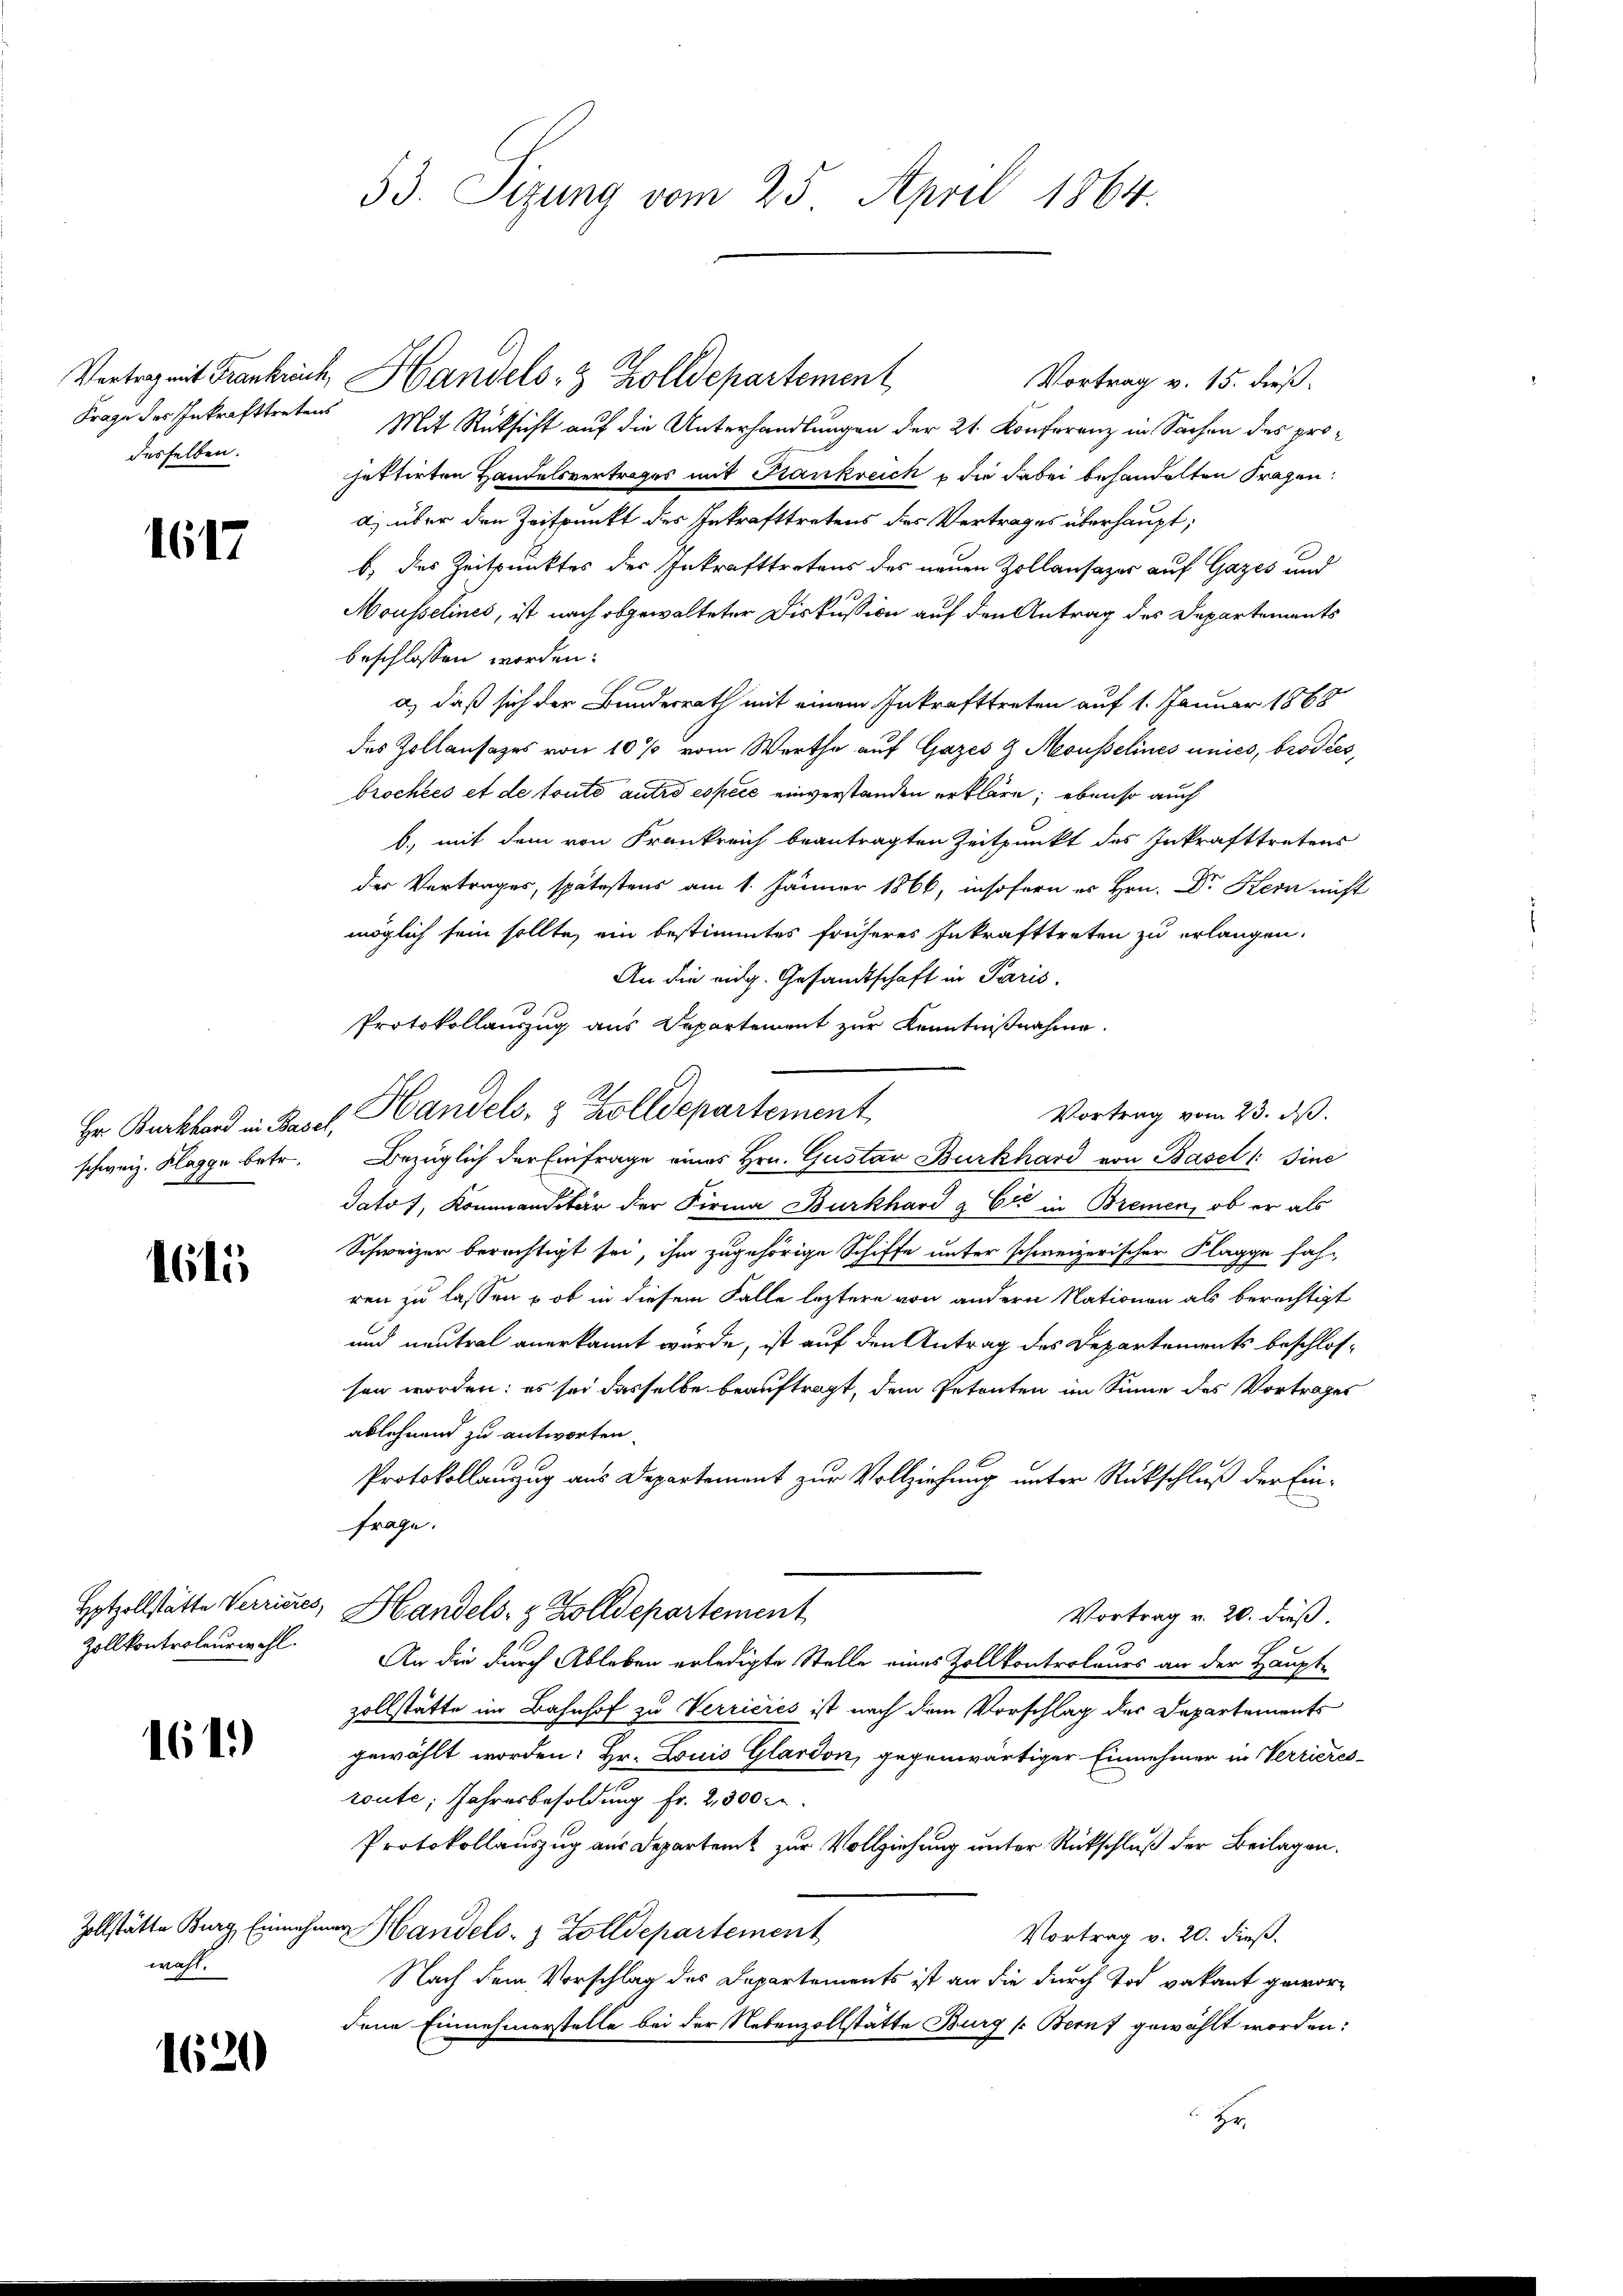
Frage des Inkrafttretens
desselben.

1617

1615

Hotzollstätte Verrieres,
Zollkontroleur wohl.

161)

wahl.

1620

Vortrag v. 15. dieß.
Mit Rücksicht auf die Unterhandlungen der 21. Konferenz in Sachen des projettirten Handelsvertrages mit Krankreich & die dabei behandelten Fragen:
a) über den Zeitpunkt des Inkrafttretens des Vertrages überhaupt,
b) des Zeitpunktes des Inkrafttretens des neuen Zollansazer auf Gazes und
Mousselines, ist nach abgewalteter Diskussion auf den Antrag des Departements
beschlossen worden.
l
a), daß sich der Bundesrath mit einem Inkrafttreten auf 1. Januar 1865
des Zollansazes von 10 % vom Werthe auf Gazes & Mousselines unies, brodesbrochtes et de toute autre espèce einverstanden erkläre; ebenso auch
b. mit dem von Frankreich beantragten Zeitpunkt des Inkrafttretens
der Vertrages, spätestens am 1. Jänner 1866, insofern es Hrn. Dr Kern nicht
möglich sein sollte, ein bestimmtes früheres Inkrafttreten zu erlangen.
An die eidg. Gesandtschaft in Paris.
Protokollauszug aus Departement zur Kenntnißnahme.
Vortrag vom 23. ds.
Hr Burkhard in Basel, Handels- & Zolldepartement
schweiz. Klagge betr. Bezüglich der Einfrage eines Hrn. Gustav Burkhard von Basel 1: Sine
datos, Kommanditär der Firma Burkhard & Cie in Bremen, ob er als
Schweizen berechtigt sei, ihm zugehörige Schiffe unter schweizerischer Flagge fah-
ren zu lassen – ob in diesem Falle leztere von andern Nationen als berechtigt
und neutral anerkannt wurde, ist auf den Antrag des Departements beschlossen worden: es sei dasselbe beauftragt, dem Petenten im Sinne des Vortrages
ablehnend zu antworten.
Protokollanzug aus Departement zur Vollziehung unter Rückschluß der Ein¬
Frage.
Handels- & Zolldepartement
Vortrag v. 20. dieß.
An die durch Ableben erledigte Stelle eines Zollkontroleurs an der Haupt-
zollstätte im Bahnhof zu Verricies ist nach dem Vorschlag des Departements
gewählt worden: Hr. Louis Glardon, gegenwärtiger Einnehmer in Verrieres-
route, Jahresbesoldung Fr. 2, 300 rl.
Protokollauszug aus Departent zur Vollziehung unter Rückschluß der Beilagen.
Zollstätte Burg Einnehmen Handels- & Zolldepartement
Vortrag v. 20. dieß.
Nach dem Vorschlag des Departements ist an die durch Tod vakant gewordene Einnehmerstelle bei der Nebenzollstätte Burg s. Bern gewählt worden:
 Hr.

53. Sizung vom 25. April 1864.

Vertrag mit Frankreich, Handels- & Zolldepartement